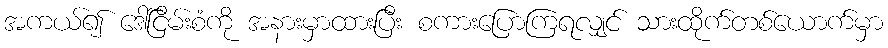
အကယ်၍ ဒေါ်ငြိမ်းစံကို အနားမှာထားပြီး စကားပြောကြရလျှင် သားထိုက်တစ်ယောက်မှာ